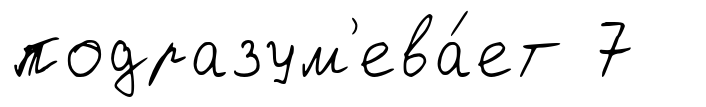
подразум'ева́ет 7